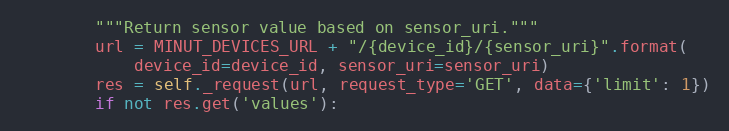
Language: Python
        """Return sensor value based on sensor_uri."""
        url = MINUT_DEVICES_URL + "/{device_id}/{sensor_uri}".format(
            device_id=device_id, sensor_uri=sensor_uri)
        res = self._request(url, request_type='GET', data={'limit': 1})
        if not res.get('values'):